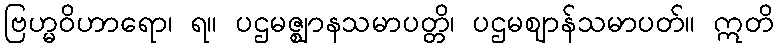
ဗြဟ္မဝိဟာရော၊ ရ။ ပဌမဇ္ဈာနသမာပတ္တိ၊ ပဌမဈာန်သမာပတ်။ ဣတိ